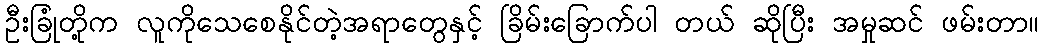
ဦးခြုံတို့က လူကိုသေစေနိုင်တဲ့အရာတွေနှင့် ခြိမ်းခြောက်ပါ တယ် ဆိုပြီး အမှုဆင် ဖမ်းတာ။